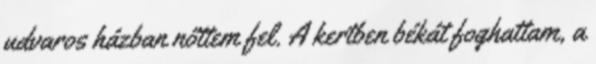
udvaros házban nőttem fel. A kertben békát foghattam, a